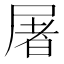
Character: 屠